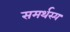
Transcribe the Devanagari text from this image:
समर्थस्य